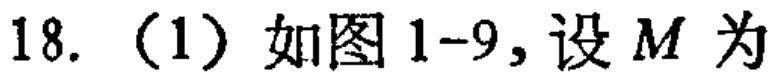
18.（1）如图1-9，设\(M\)为